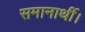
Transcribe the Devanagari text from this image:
समानार्थी।